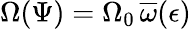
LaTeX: \Omega(\Psi)=\Omega_{0}\, \overline{{\omega}}(\epsilon)